Annual administration report of the Civil Veterinary Department, Sind - 1940-1941
Year: 1940
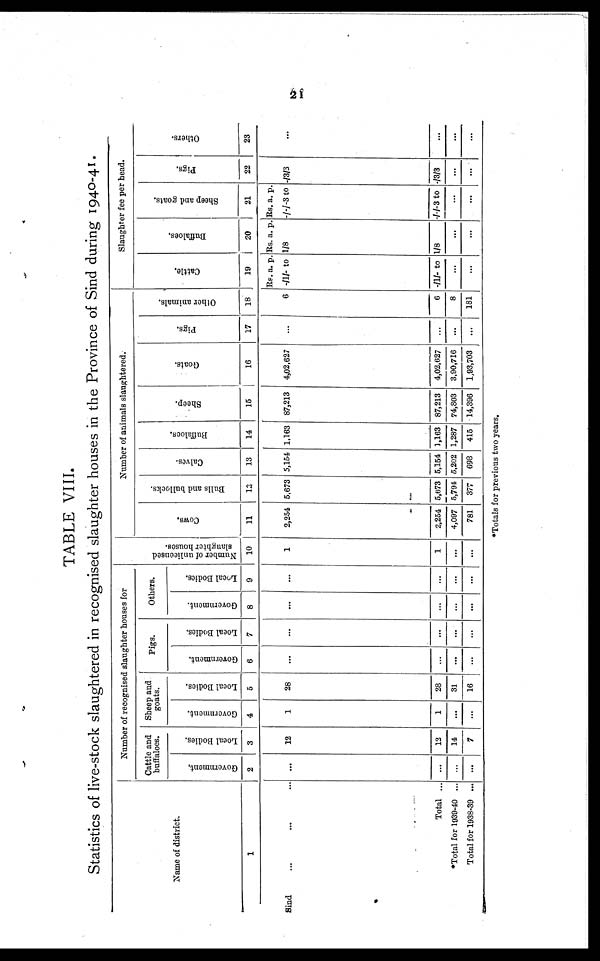
21
TABLE VIII.
Statistics of live-stock slaughtered in recognised slaughter houses in the Province of Sind during 1940-41.
Name of district.
1
Sind... ... ...
Total ...
*Total for 1939-40 ...
Total for 1938-39 ...
Number of recognised slaughter houses for
Cattle and
buffaloes.
Government.
2
...
...
...
...
Local Bodies.
3
12
12
14
7
Sheep and
goats.
Government.
4
1
1
...
...
Local Bodies.
5
28
28
31
16
Pigs.
Government.
6
...
...
...
...
Local Bodies.
7
...
...
...
...
Others.
Government.
8
...
...
...
...
Local Bodies.
9
...
...
...
...
Number of animals slaughtered.
Number of unlicensed
slaughter houses.
10
1
1
...
...
Cows.
11
2,254
2,254
4,097
781
Bulls and bullocks.
12
5,673
5,673
5,794
377
Calves.
13
5,154
5,154
5,202
698
Buffaloes.
14
1,163
1,163
1,287
415
Sheep.
15
87,213
87,213
74,803
14,396
Goats.
16
4,02,627
4,02,627
3,90,716
1,93,703
Pigs.
17
...
...
...
...
Other animals.
18
6
6
8
181
Slaughter fee per head.
Cattle.
19
Rs. a. p.
-/1/- to
-/1/- to
...
...
Buffaloes.
20
Rs. a. p.
1/8
1/8
...
...
Sheep and goats.
21
Rs. a. p.
-/-/-3 to
-/-/-3 to
...
...
Pigs.
22
-/3/3
-/3/3
...
...
Others.
23
...
...
...
...
*Totals for previous two years.